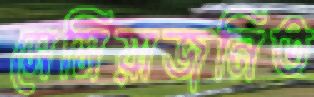
সেমিয়াজনিত